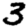
Digit: 3